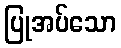
ပြုအပ်သော